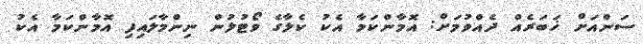
ސަންއަށް ޚަބަރެއް ދެއްވުމަށް: އޮމާންކަމާ އެކު ކެލާގެ ވޯޓުލުން ނިންމާލައިފި އޮމާންކަމާ އެކު